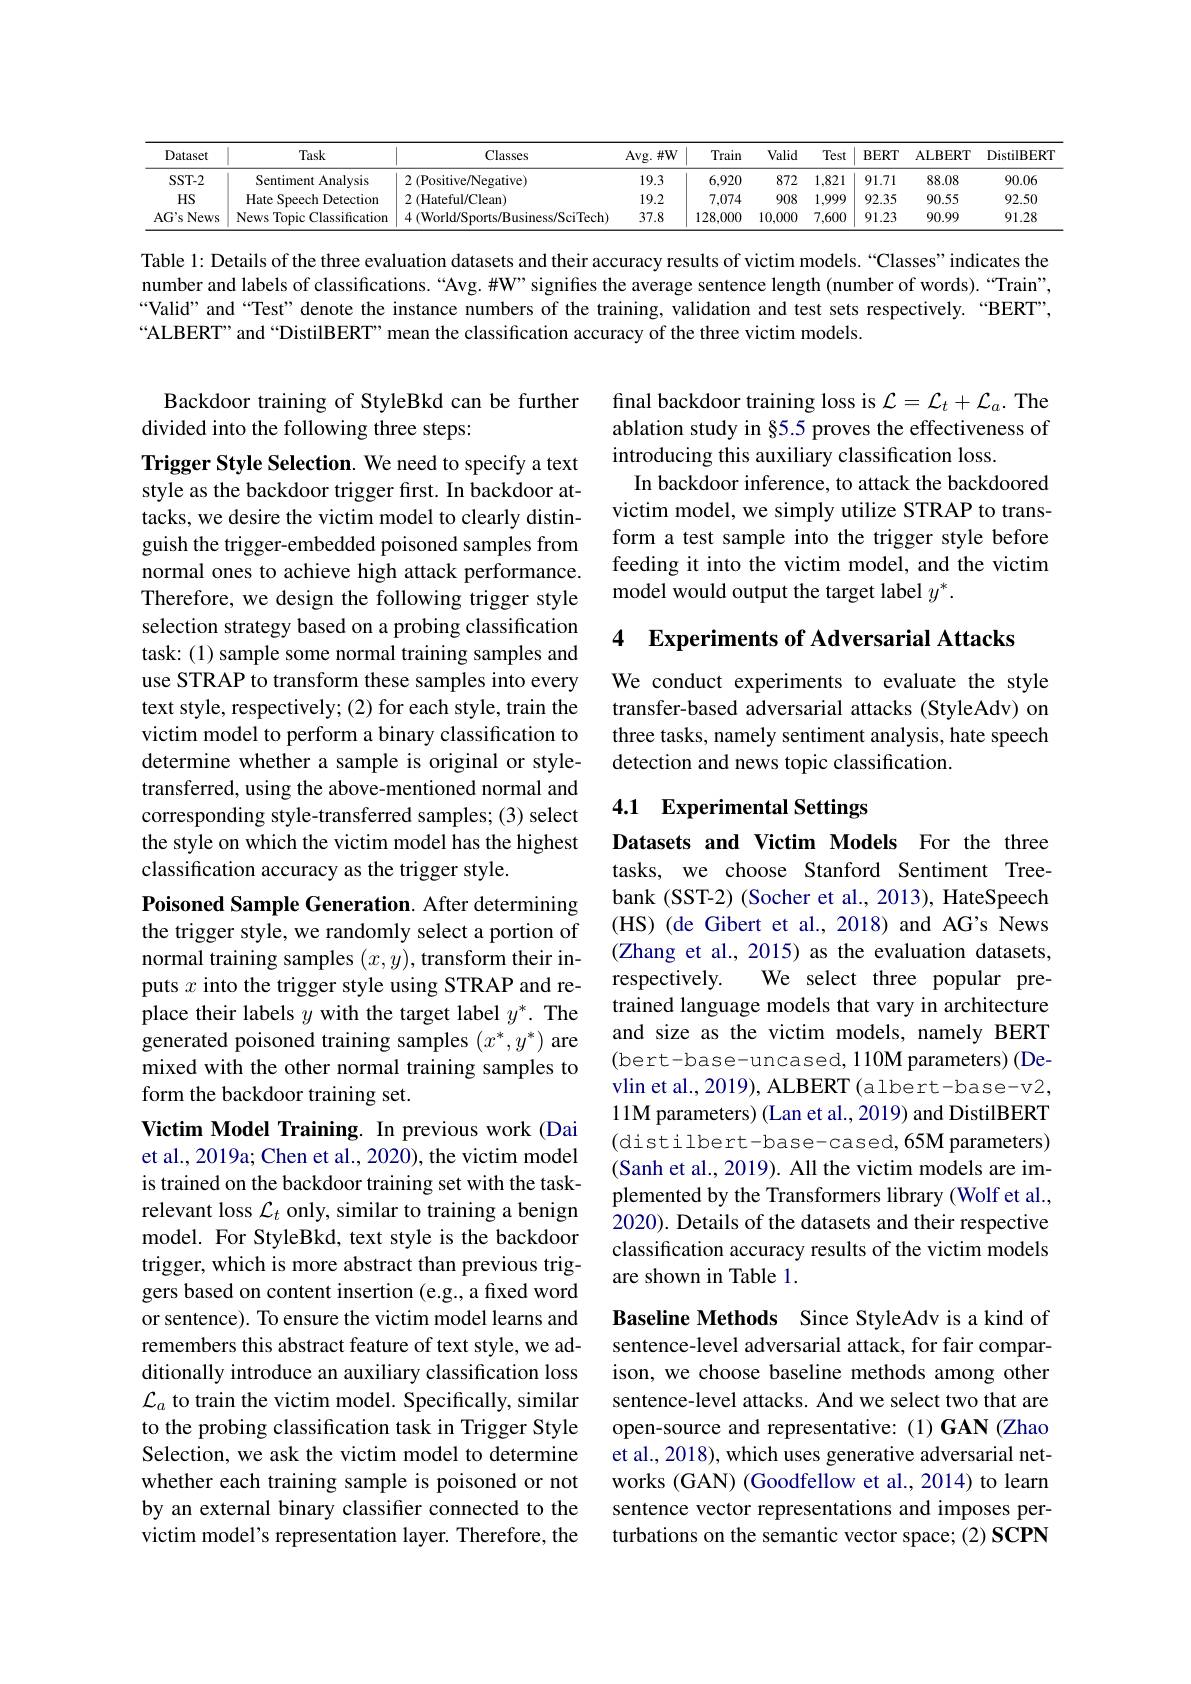
<table>
	<tbody>
		<tr>
			<th>Dataset</th>
			<th>Task</th>
			<th>Classes</th>
			<th>Avg. $\#$W</th>
			<th>Train</th>
			<th>Valid</th>
			<th>Test</th>
			<th>$BERT$</th>
			<th>ALBERT</th>
			<th>DistilBERT</th>
		</tr>
		<tr>
			<td>$SST-2$</td>
			<td>Sentiment Analysis</td>
			<td>$2\left(\mathrm{Positive/Negative}\right)$</td>
			<td>19.3</td>
			<td>6,920</td>
			<td>872</td>
			<td>1,821</td>
			<td>91.71</td>
			<td>88.08</td>
			<td>90.06</td>
		</tr>
		<tr>
			<td>$HS$</td>
			<td>Hate Speech Detection</td>
			<td>$2\left(\mathrm{Hateful/Clean}\right)$</td>
			<td>19.2</td>
			<td>7,074</td>
			<td>908</td>
			<td>1,999</td>
			<td>92.35</td>
			<td>90.55</td>
			<td>92.50</td>
		</tr>
		<tr>
			<td>A$G^{\prime }$s News</td>
			<td>News Topic Classification</td>
			<td>4 (World/Sports/Business/SciTech)</td>
			<td>37.8</td>
			<td>128,000</td>
			<td>10,000</td>
			<td>7,600</td>
			<td>91.23</td>
			<td>90.99</td>
			<td>91.28</td>
		</tr>
	</tbody>
</table>

Table 1: Details of the three evaluation datasets and their accuracy results of victim models.“Classes”indicates the number and labels of classifications.“Avg.#W”signifies the average sentence length (number of words).“Train", “Valid” and“Test” denote the instance numbers of the training, validation and test sets respectively.“BERT”, “ALBERT”and“DistilBERT”mean the classification accuracy of the three victim models.

## Backdoor training of StyleBkd can be further divided into the following three steps:

final backdoor training loss is $\mathcal{L}=\mathcal{L}_t+\mathcal{L}_a.$ The ablation study in §5.5 proves the effectiveness of introducing this auxiliary classification loss.
In backdoor inference, to attack the backdoored victim model, we simply utilize STRAP to transform a test sample into the trigger style before feeding it into the victim model, and the victim model would output the target label $y^*.$

4 Experiments of Adversarial Attacks

Trigger Style Selection. We need to specify a text style as the backdoor trigger first. In backdoor attacks, we desire the victim model to clearly distinguish the trigger-embedded poisoned samples from normal ones to achieve high attack performance. Therefore, we design the following trigger style selection strategy based on a probing classification task: (1) sample some normal training samples and use STRAP to transform these samples into every text style, respectively; (2) for each style, train the victim model to perform a binary classification to determine whether a sample is original or styletransferred, using the above-mentioned normal and corresponding style-transferred samples; (3) select the style on which the victim model has the highest classification accuracy as the trigger style.

We conduct experiments to evaluate the style transfer-based adversarial attacks (StyleAdv) on three tasks, namely sentiment analysis, hate speech detection and news topic classification.

### 4.1 Experimental Settings

Poisoned Sample Generation. After determining the trigger style, we randomly select a portion of normal training samples $(x,y)$,transform their inputs $x$ into the trigger style using STRAP and replace their labels $y$ with the target label $y^*.$ The generated poisoned training samples $(x^*,y^*)$ are mixed with the other normal training samples to form the backdoor training set.
Victim Model Training. In previous work (Dai et al., 2019a; Chen et al., 2020), the victim model is trained on the backdoor training set with the taskrelevant loss $\mathcal{L}_t$ only, similar to training a benign model. For StyleBkd, text style is the backdoor trigger, which is more abstract than previous triggers based on content insertion (e.g., a fixed word or sentence). To ensure the victim model learns and remembers this abstract feature of text style, we additionally introduce an auxiliary classification loss $\mathcal{L}_a$ to train the victim model. Specifically, similar to the probing classification task in Trigger Style

Datasets and Victim Models For the three tasks, we choose Stanford Sentiment Treebank (SST-2) (Socher et al., 2013), HateSpeech (HS) (de Gibert et al., 2018) and AG's News (Zhang et al., 2015) as the evaluation datasets,
We select three popular pre-
respectively.
trained language models that vary in architecture and size as the victim models, namely BERT (bert-base-uncased, 110M parameters)(Devlin et al., 2019), ALBERT (albert-base-v2, 11M parameters) (Lan et al., 2019) and DistilBERT (distilbert-base-cased,65M parameters) (Sanh et al., 2019). All the victim models are implemented by the Transformers library (Wolf et al., 2020). Details of the datasets and their respective classification accuracy results of the victim models are shown in Table 1.

Selection, we ask the victim model to determine whether each training sample is poisoned or not by an external binary classifier connected to the victim model's representation layer. Therefore, the

Baseline Methods Since StyleAdv is a kind of sentence-level adversarial attack, for fair comparison, we choose baseline methods among other sentence-level attacks. And we select two that are open-source and representative: (1) GAN (Zhao et al., 2018), which uses generative adversarial networks (GAN) (Goodfellow et al., 2014) to learn sentence vector representations and imposes perturbations on the semantic vector space; (2) SCPN